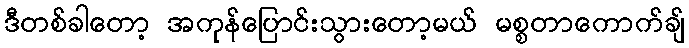
ဒီတစ်ခါတော့ အကုန်ပြောင်းသွားတော့မယ် မစ္စတာကောက်ချ်